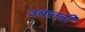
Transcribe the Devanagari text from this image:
उबलती